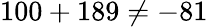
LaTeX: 100+189\neq-81